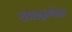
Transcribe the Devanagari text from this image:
राधादामोदर